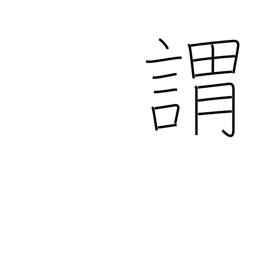
Meaning: origin